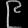
Digit: ၉